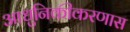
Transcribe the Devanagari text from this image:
आधुनिकीकरणास